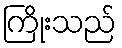
ကြိုးသည်